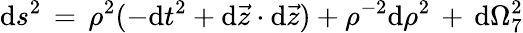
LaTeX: \mathrm{d}s^{2}\, =\, \rho^{2}(-\mathrm{d}t^{2}+\mathrm{d}\vec{{z}}\cdot\mathrm{d}\vec{{z}})+\rho^{-2}\mathrm{d}\rho^{2}\, +\, \mathrm{d}\Omega_{7}^{2}